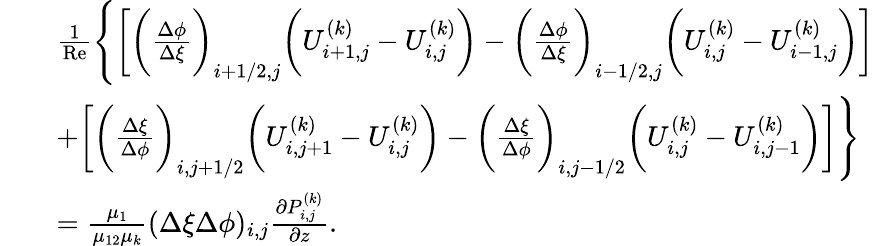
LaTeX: \begin{array}{rl}&{\begin{array}{rl}&{\frac{1}{\mathrm{Re}}\Biggl\{ \bigg[\bigg(\frac{\Delta\phi}{\Delta\xi}\bigg)_{i+1/2,j}\bigg(U_{i+1,j}^{(k)}-U_{i,j}^{(k)}\bigg)-\bigg(\frac{\Delta\phi}{\Delta\xi}\bigg)_{i-1/2,j}\bigg(U_{i,j}^{(k)}-U_{i-1,j}^{(k)}\bigg)\bigg]}\\ &{+\bigg[\bigg(\frac{\Delta\xi}{\Delta\phi}\bigg)_{i,j+1/2}\bigg(U_{i,j+1}^{(k)}-U_{i,j}^{(k)}\bigg)-\bigg(\frac{\Delta\xi}{\Delta\phi}\bigg)_{i,j-1/2}\bigg(U_{i,j}^{(k)}-U_{i,j-1}^{(k)}\bigg)\bigg]\Biggr\} }\\ &{=\frac{\mu_{1}}{\mu_{12}\mu_{k}}(\Delta\xi\Delta\phi)_{i,j}\frac{\partial P_{i,j}^{(k)}}{\partial z}.}\end{array}}\end{array}